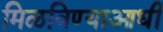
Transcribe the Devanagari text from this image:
मिळविण्याआधी